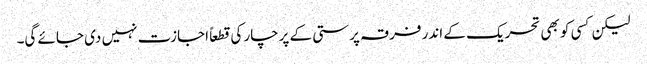
لیکن کسی کو بھی تحریک کے اندر فرقہ پرستی کے پرچار کی قطعاً اجازت نہیں دی جائے گی۔